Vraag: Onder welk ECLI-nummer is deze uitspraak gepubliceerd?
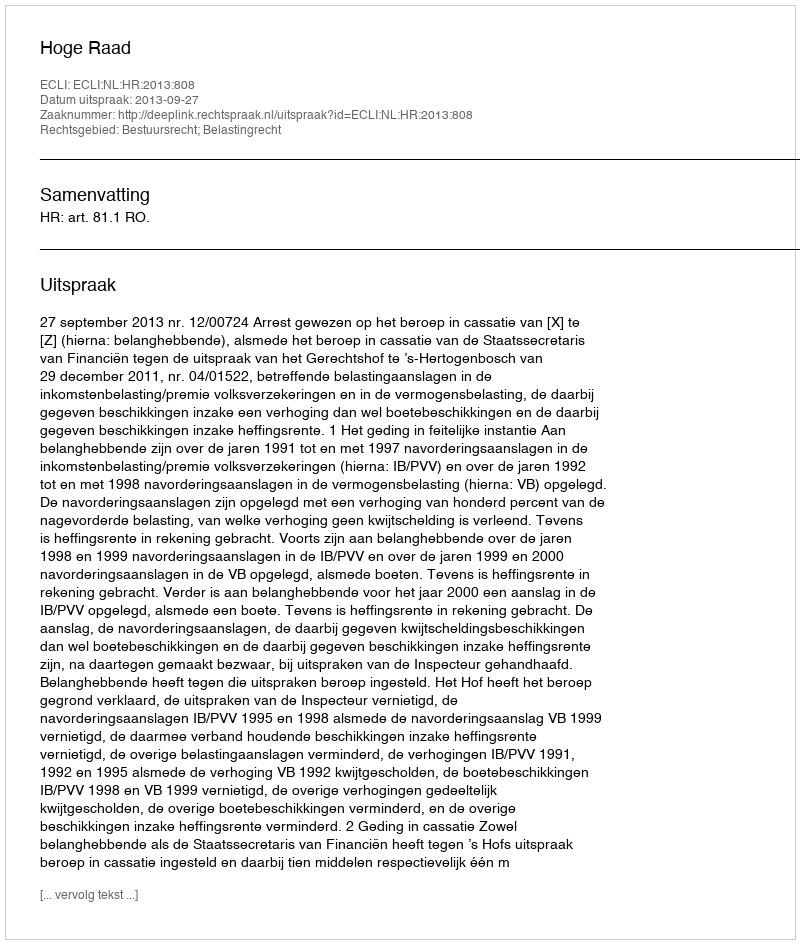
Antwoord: ECLI:NL:HR:2013:808